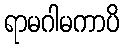
ရာမဂါမကာပိ